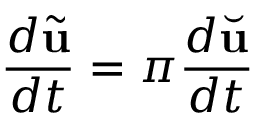
\frac { d \tilde { \mathbf { u } } } { d t } = \pi \frac { d \Breve { \mathbf { u } } } { d t }